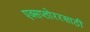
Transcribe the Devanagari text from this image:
एक्सप्लोररसाठी